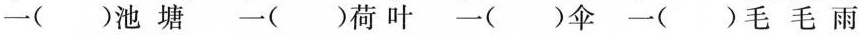
一()池塘 一( )荷叶 一( )伞 一( )毛毛雨